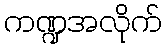
ကဏ္ဍအလိုက်